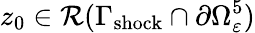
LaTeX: z_{0}\in\mathcal{R}(\Gamma_{\mathrm{shock}}\cap\partial\Omega_{\varepsilon}^{5})